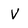
Character: V